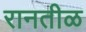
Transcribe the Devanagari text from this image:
रानतीळ